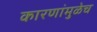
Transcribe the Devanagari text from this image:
कारणांमुळेच